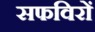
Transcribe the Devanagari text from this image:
सफविरों